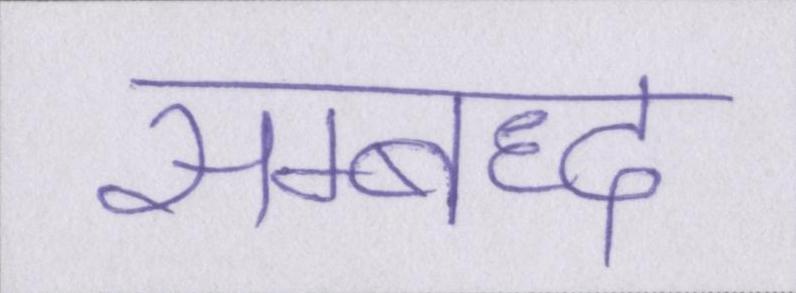
सम्बध्द